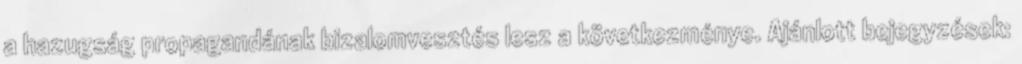
a hazugság propagandának bizalomvesztés lesz a következménye. Ajánlott bejegyzések: